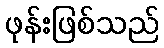
ဖုန်းဖြစ်သည်